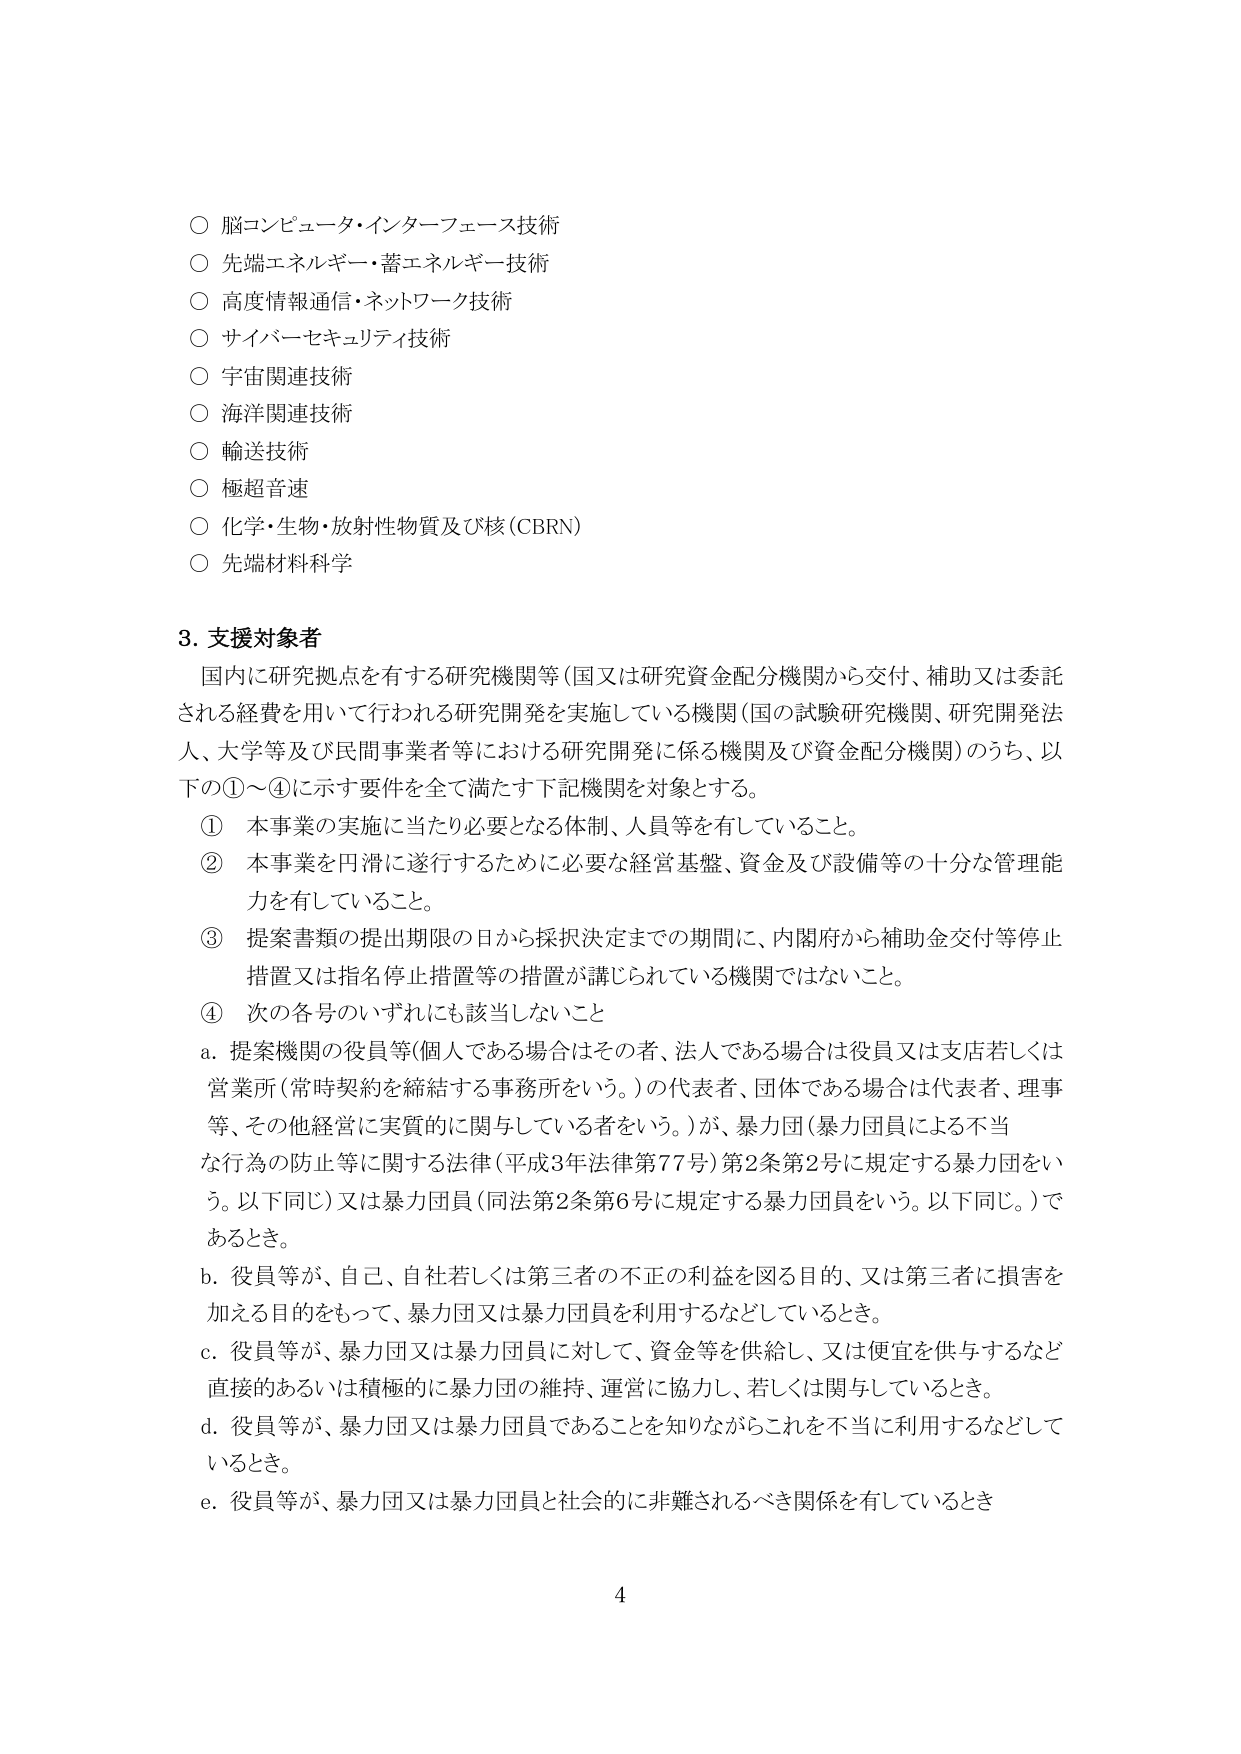
○ 脳コンピュータ・インターフェース技術
○ 先端エネルギー・蓄エネルギー技術
○ 高度情報通信・ネットワーク技術
○ サイバーセキュリティ技術
○ 宇宙関連技術
○ 海洋関連技術
○ 輸送技術
○ 極超音速
○ 化学・生物・放射性物質及び核（CBRN）
○ 先端材料科学

3. 支援対象者
国内に研究拠点を有する研究機関等（国又は研究資金配分機関から交付、補助又は委託される経費を用いて行われる研究開発を実施している機関（国の試験研究機関、研究開発法人、大学等及び民間事業者等における研究開発に係る機関及び資金配分機関）のうち、以下の①～④に示す要件を全て満たす下記機関を対象とする。

① 本事業の実施に当たり必要となる体制、人員等を有していること。
② 本事業を円滑に遂行するために必要な経営基盤、資金及び設備等の十分な管理能力を有していること。
③ 提案書類の提出期限の日から採択決定までの期間に、内閣府から補助金交付等停止措置又は指名停止措置等の措置が講じられている機関ではないこと。
④ 次の各号のいずれにも該当しないこと
　a. 提案機関の役員等（個人である場合はその者、法人である場合は役員又は支店若しくは営業所（常時契約を締結する事務所をいう。）の代表者、団体である場合は代表者、理事等、その他経営に実質的に関与している者をいう。）が、暴力団（暴力団員による不当な行為の防止等に関する法律（平成3年法律第77号）第2条第2号に規定する暴力団をいう。以下同じ。）又は暴力団員（同法第2条第6号に規定する暴力団員をいう。以下同じ。）であるとき。
　b. 役員等が、自己、自社若しくは第三者の不正の利益を図る目的、又は第三者に損害を加える目的をもって、暴力団又は暴力団員を利用するなどしているとき。
　c. 役員等が、暴力団又は暴力団員に対して、資金等を供給し、又は便宜を供与するなど直接的あるいは積極的に暴力団の維持、運営に協力し、若しくは関与しているとき。
　d. 役員等が、暴力団又は暴力団員であることを知りながらこれを不当地に利用するなどしているとき。
　e. 役員等が、暴力団又は暴力団員と社会的に非難されるべき関係を有しているとき

4